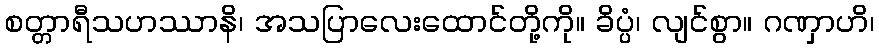
စတ္တာရီသဟဿာနိ၊ အသပြာလေးထောင်တို့ကို။ ခိပ္ပံ၊ လျင်စွာ။ ဂဏှာဟိ၊